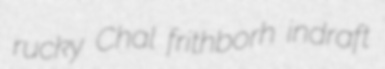
rucky Chal frithborh indraft